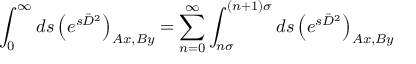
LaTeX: \int _ { 0 } ^ { \infty } d s \left( e ^ { s \bar { D } ^ { 2 } } \right) _ { A x , B y } = \sum _ { n = 0 } ^ { \infty } \int _ { n \sigma } ^ { ( n + 1 ) \sigma } d s \left( e ^ { s \bar { D } ^ { 2 } } \right) _ { A x , B y }